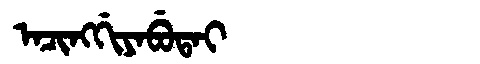
Manchu: ᠠᠴᡳᠩᡤᡳᠶᠠᠪᡠᡨᠠᡳ
Romanization: ACINGGIYABUTAI